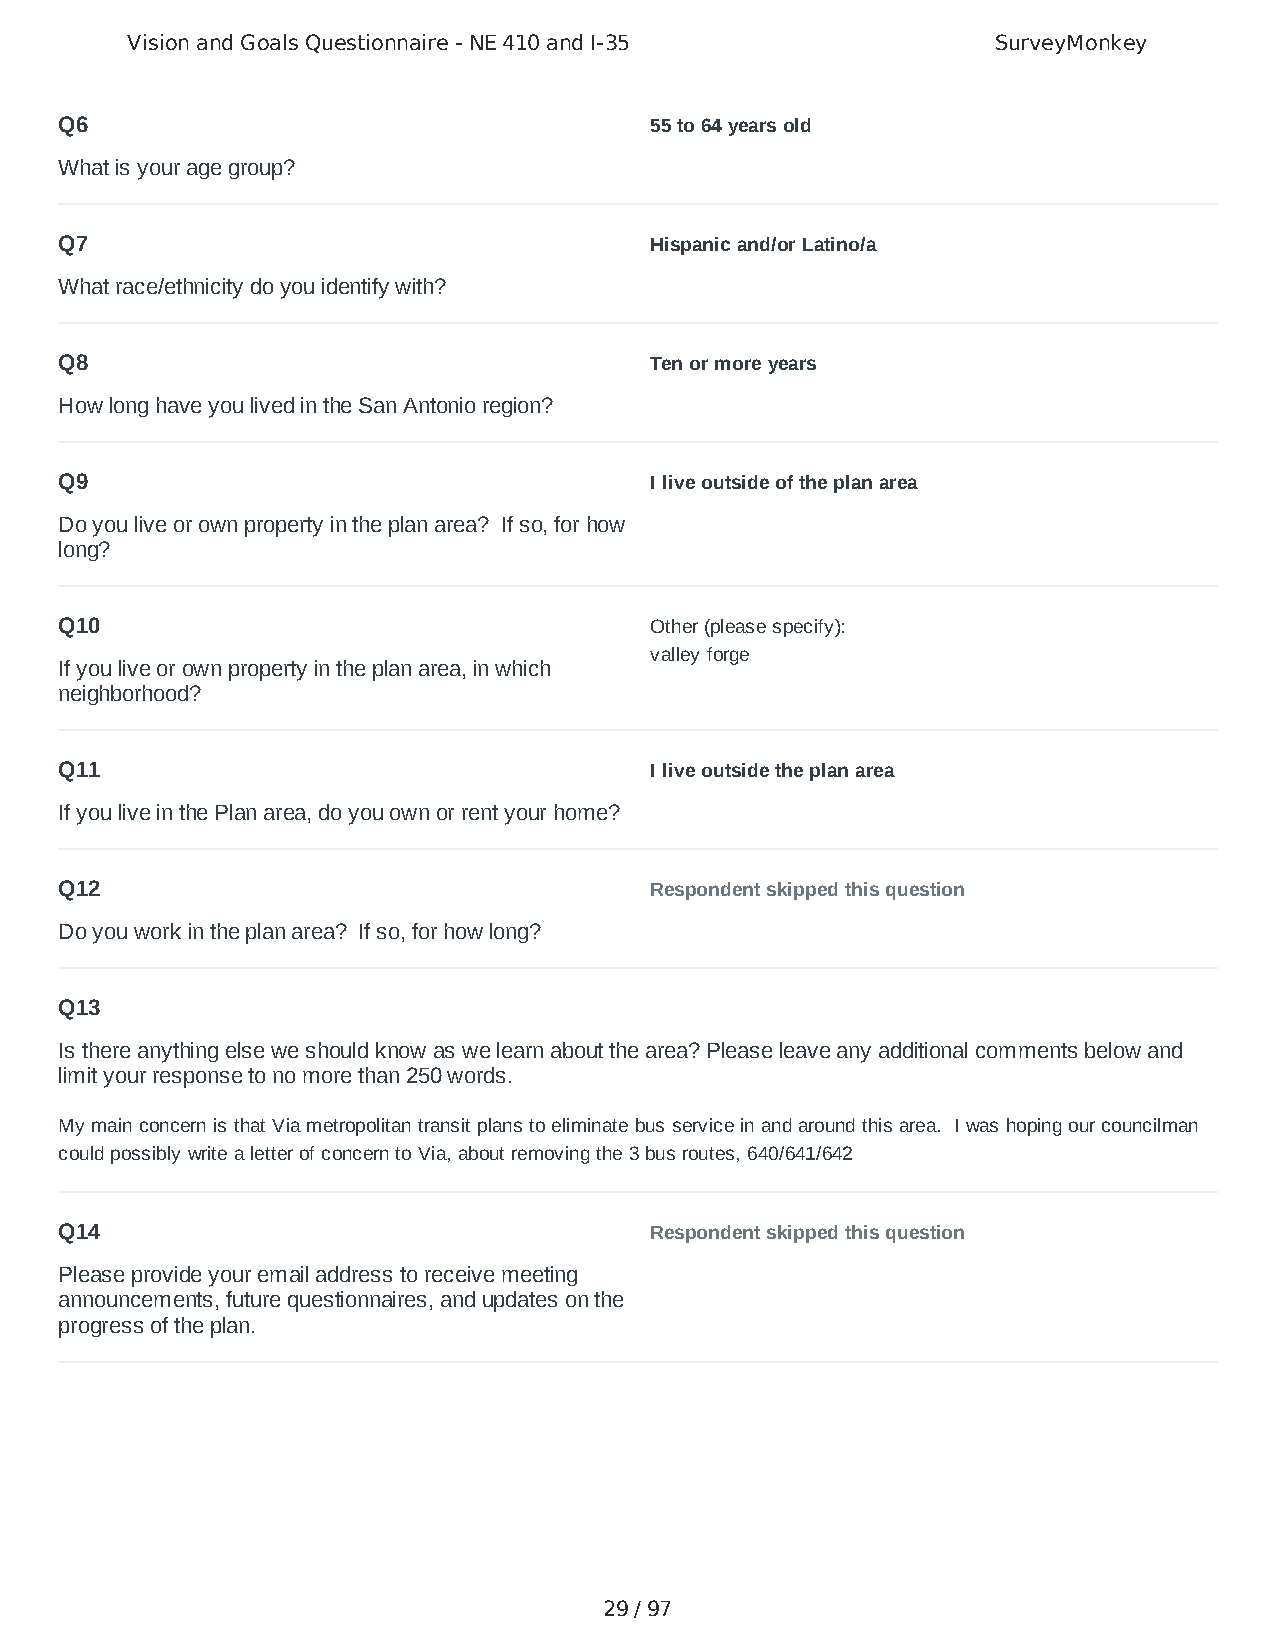
Vision and Goals Questionnaire - NE 410 and I-35          SurveyMonkey
 Q6                                     55 to 64 years old
 What is your age group?
 Q7                                     Hispanic and/or Latino/a
 What race/ethnicity do you identify with?
 Q8                                     Ten or more years
 How long have you lived in the San Antonio region?
 Q9                                     I live outside of the plan area
 Do you live or own property in the plan area? If so, for how
 long?
 Q10                                    Other (please specify):
 valley forge
 If you live or own property in the plan area, in which
 neighborhood?
 Q11                                    I live outside the plan area
 If you live in the Plan area, do you own or rent your home?
 Q12                                    Respondent skipped this question
 Do you work in the plan area? If so, for how long?
 Q13
 Is there anything else we should know as we learn about the area? Please leave any additional comments below and
 limit your response to no more than 250 words.
 My main concern is that Via metropolitan transit plans to eliminate bus service in and around this area. I was hoping our councilman
 could possibly write a letter of concern to Via, about removing the 3 bus routes, 640/641/642
 Q14                                    Respondent skipped this question
 Please provide your email address to receive meeting
 announcements, future questionnaires, and updates on the
 progress of the plan.
 29 / 97